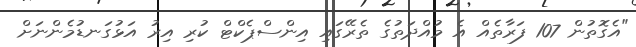
"އެގޮތުން 107 ފަރާތެއް އެ މުއްދަތުގެ ތެރޭގައި އިންސްޕެކްޓް ކުރި އިރު އަޅުގަނޑުމެންނަށް